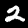
Label: 2